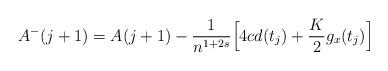
LaTeX: \begin{align*}A^-(j+1) =A(j+1)- \frac{ 1}{n^{1+2s}}\Bigl[ 4cd(t_j)+ \frac K2g_x(t_{j})\Bigr]\end{align*}